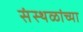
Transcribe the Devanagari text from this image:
संस्थळांच्या